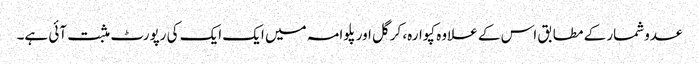
عدوشمار کے مطابق اس کے علاوہ کپوارہ، کرگل اور پلوامہ میں ایک ایک کی رپورٹ مثبت آئی ہے۔